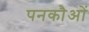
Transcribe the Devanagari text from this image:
पनकौओं